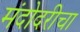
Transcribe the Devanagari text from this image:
मंदोदरीचा